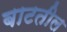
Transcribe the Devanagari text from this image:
बाटतील